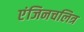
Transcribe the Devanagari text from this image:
एंजिनचलित्र